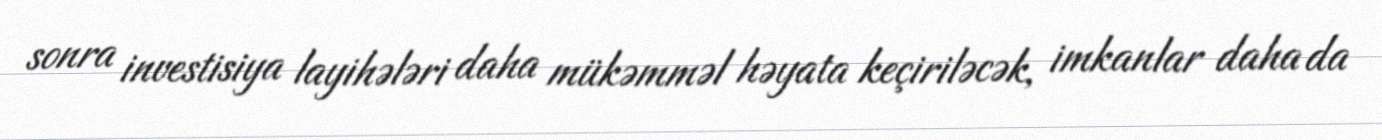
sonra investisiya layihələri daha mükəmməl həyata keçiriləcək, imkanlar daha da